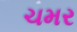
ચમર